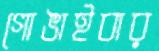
গোঙাইবার